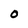
Character: O